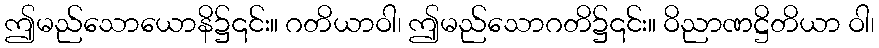
ဤမည်သောယောနိ၌၎င်း။ ဂတိယာဝါ၊ ဤမည်သောဂတိ၌၎င်း။ ဝိညာဏဋ္ဌိတိယာ ဝါ၊